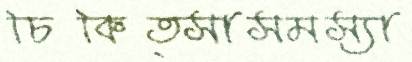
চিকিত্সাসমস্যা